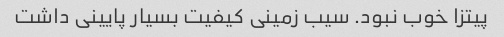
پیتزا خوب نبود. سیب زمینی کیفیت بسیار پایینی داشت